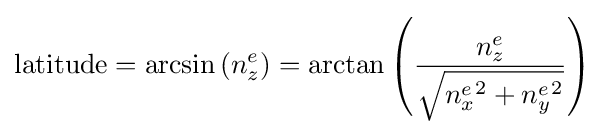
\mathrm {latitude} =\arcsin \left(n_{z}^{e}\right)=\arctan \left({\frac {n_{z}^{e}}{\sqrt {{n_{x}^{e}}^{2}+{n_{y}^{e}}^{2}}}}\right)